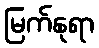
မြက်နုရာ